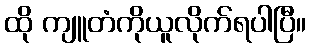
ထို ကျူတံကိုယူလိုက်ရပါပြီ။